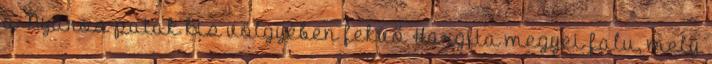
a Nyáros-patak kis völgyében fekvő Hargita megyei falu, mely